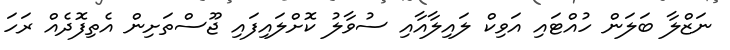
ނަޒްލާ ބަލަން ހުއްޓައި އަވިކް ލައިލާއާއި ސުވާލު ކޮށްލައިފައި ޖޫސްތަށިން އެތިފޮދެއް ރަހަ